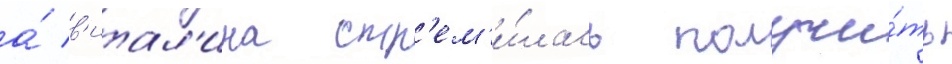
а́ в'итал'ина стр'ем'и́лась получи́ть